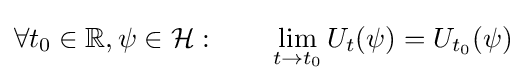
\forall t_{0}\in \mathbb {R} ,\psi \in {\mathcal {H}}:\qquad \lim _{t\to t_{0}}U_{t}(\psi )=U_{t_{0}}(\psi )